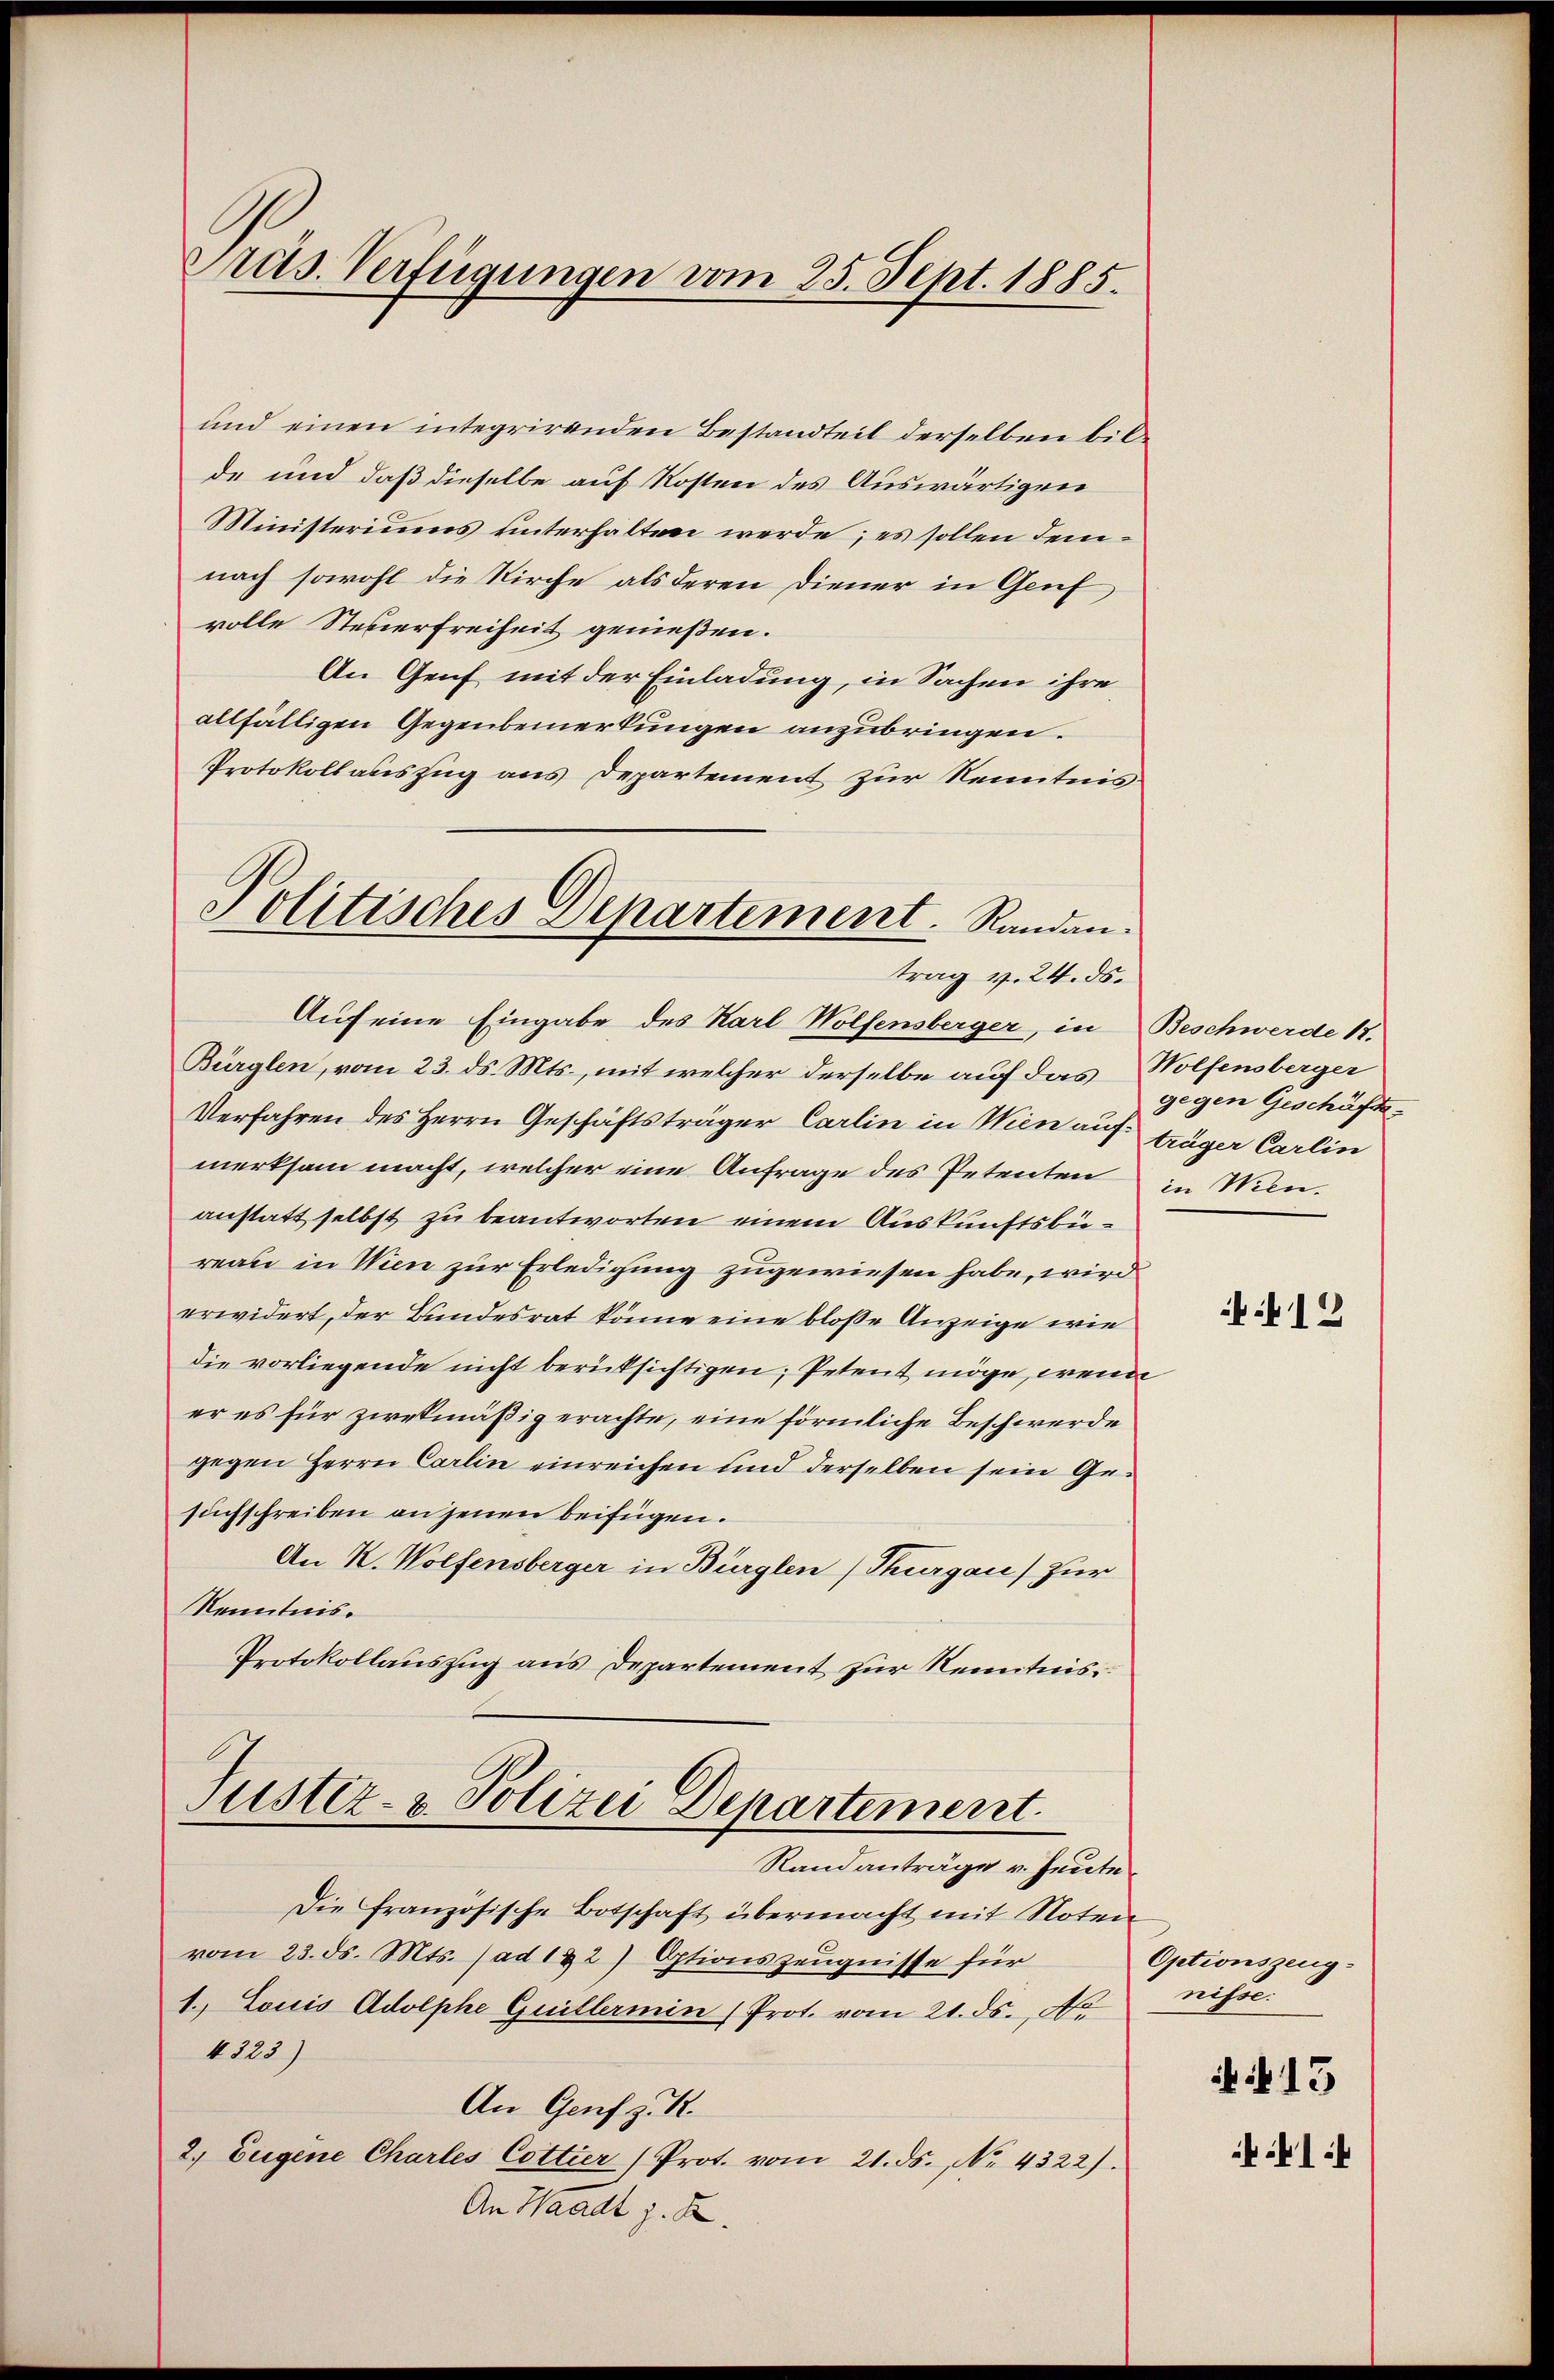
Präs. Verfügungen vom 25. Sept. 1885.

und einen integrirenden Bestandteil derselben bilde und daß dieselbe auf Kosten des Auswärtigen
Ministeriums unterhalten werde; es sollen demnach sowohl die Kirche als deren Diener in Genf
volle Steuerfreiheit genießen.
An Genf mit der Einladung, in Sachen ihre
allfälligen Gegenbemerkungen anzubringen.
Protokollauszug aus Departement zur Kenntnis¬
Politisches Departement. Randen.

trag v. 24. ds.

Auf eine Eingabe des Karl Wolfensberger, in Beschwerde 12.
Bürglen, vom 23. ds. Mts., mit welcher derselbe auf das Wolfensberger
Verfahren des Herrn Geschäftsträger Carlin in Wien auf träger Carlin
merksam macht, welcher eine Anfrage des Petenten in Wien.
anstatt selbst zu beantworten einem Auskunftsbüreau in Wien zur Erledigung zugewiesen habe, wird
erwidert, der Bundesrat könne eine bloße Anzeige wie
die vorliegende nicht berücksichtigen, Petent möge, wenn
er es für zwekmäßig erachte, eine förmliche Beschwerde
gegen Herrn Carlin einreichen und derselben sein Gesuchschreiben an jenen beifügen.
An K. Wolfensberger in Bürglen (Thurgau) zur
Kenntnis.
Protokollauszug aus Departement zur Kenntnis

Justiz- & Polizei Departement.
Randanträge v. Heute

Die französische Botschaft übermacht mit Noten
vom 23. ds. Mts. (ad 122) Optionszeugnisse für
1. Louis Adolphe Guillermin (Prot. vom 21. ds., No
1225)
An Genf z. B.
2. Eugene Chartes Cottier (Prot. vom 21. ds. No. 4322).
An Waadt z. B.

gegen Geschäfts¬

12

Optionszeugnisse:
13
1